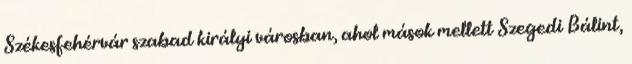
Székesfehérvár szabad királyi városban, ahol mások mellett Szegedi Bálint,